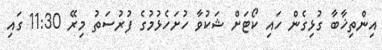
އިންތިޚާބާ ގުޅިގެން ހައި ކޯޓަށް ޝަކުވާ ހުށަހެޅުމުގެ ފުރުސަތު މިރޭ 11:30 ގައި